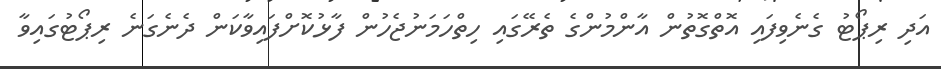
އަދި ރިޕޯޓު ގެނެވިފައި އޮތްގޮތުން އާންމުންގެ ތެރޭގައި ހިތްހަމަނުޖެހުން ފާޅުކޮށްފައިވާކަން ދެނެގަނެ ރިޕޯޓުގައިވާ